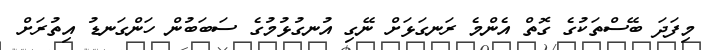
މިފަދަ ބޭސްތަކުގެ ގޮތް އެންމެ ރަނގަޅަށް ނޭގި އުނގުޅުމުގެ ސަބަބުން ހަންގަނޑު އިތުރަށް